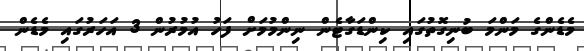
މެޑެންގެ މަންމަ ބުނިގޮތުގައި ކިންޑަގާޓެން ނިންމުމަށް ފަހު އުމުރުން 3 އަހަރުގައި މެޑެން